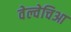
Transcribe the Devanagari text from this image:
वेल्वेचिआ